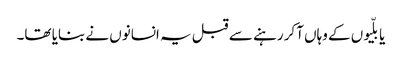
یا بلّیوں کے وہاں آکر رہنے سے قبل یہ انسانوں نے بنایا تھا۔